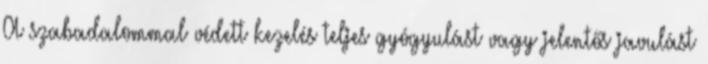
A szabadalommal védett kezelés teljes gyógyulást vagy jelentős javulást